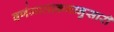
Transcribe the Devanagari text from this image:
वर्णमालाक्रमानुसारी